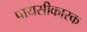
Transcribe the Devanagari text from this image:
पायसीकारक